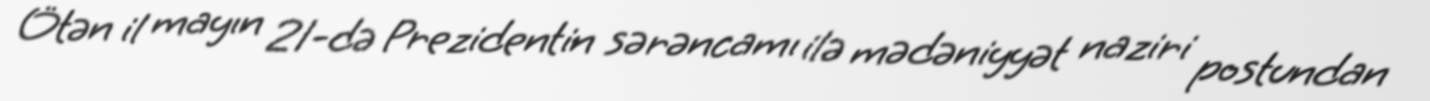
Ötən il mayın 21-də Prezidentin sərəncamı ilə mədəniyyət naziri postundan